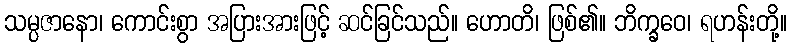
သမ္ပဇာနော၊ ကောင်းစွာ အပြားအားဖြင့် ဆင်ခြင်သည်။ ဟောတိ၊ ဖြစ်၏။ ဘိက္ခဝေ၊ ရဟန်းတို့။